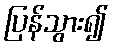
ပြန်သွား၍